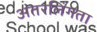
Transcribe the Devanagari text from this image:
अंतरलिंगता